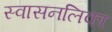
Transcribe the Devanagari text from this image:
स्वासनलिका